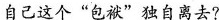
自己这个”包袱”独自离去?